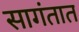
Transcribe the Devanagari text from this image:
सागंतात